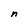
Character: n